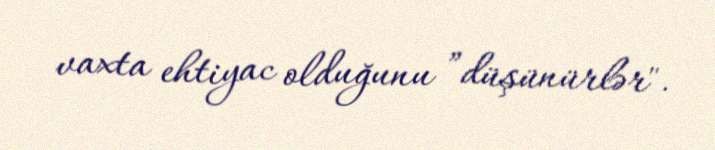
vaxta ehtiyac olduğunu ”düşünürlər".